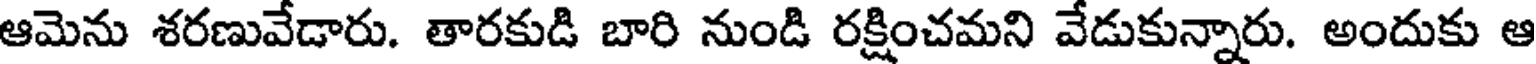
ఆమెను శరణువేడారు. తారకుడి బారి నుండి రక్షించమని వేడుకున్నారు. అందుకు ఆ